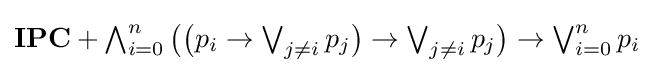
\textstyle \mathbf {IPC} +\bigwedge _{i=0}^{n}{\bigl (}{\bigl (}p_{i}\to \bigvee _{j\neq i}p_{j}{\bigr )}\to \bigvee _{j\neq i}p_{j}{\bigr )}\to \bigvee _{i=0}^{n}p_{i}